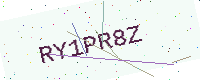
Text: RY1PR8Z